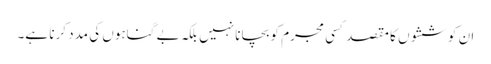
ان کوششوں کا مقصد کسی مجرم کو بچانا نہیں بلکہ بے گناہوں کی مدد کرنا ہے۔